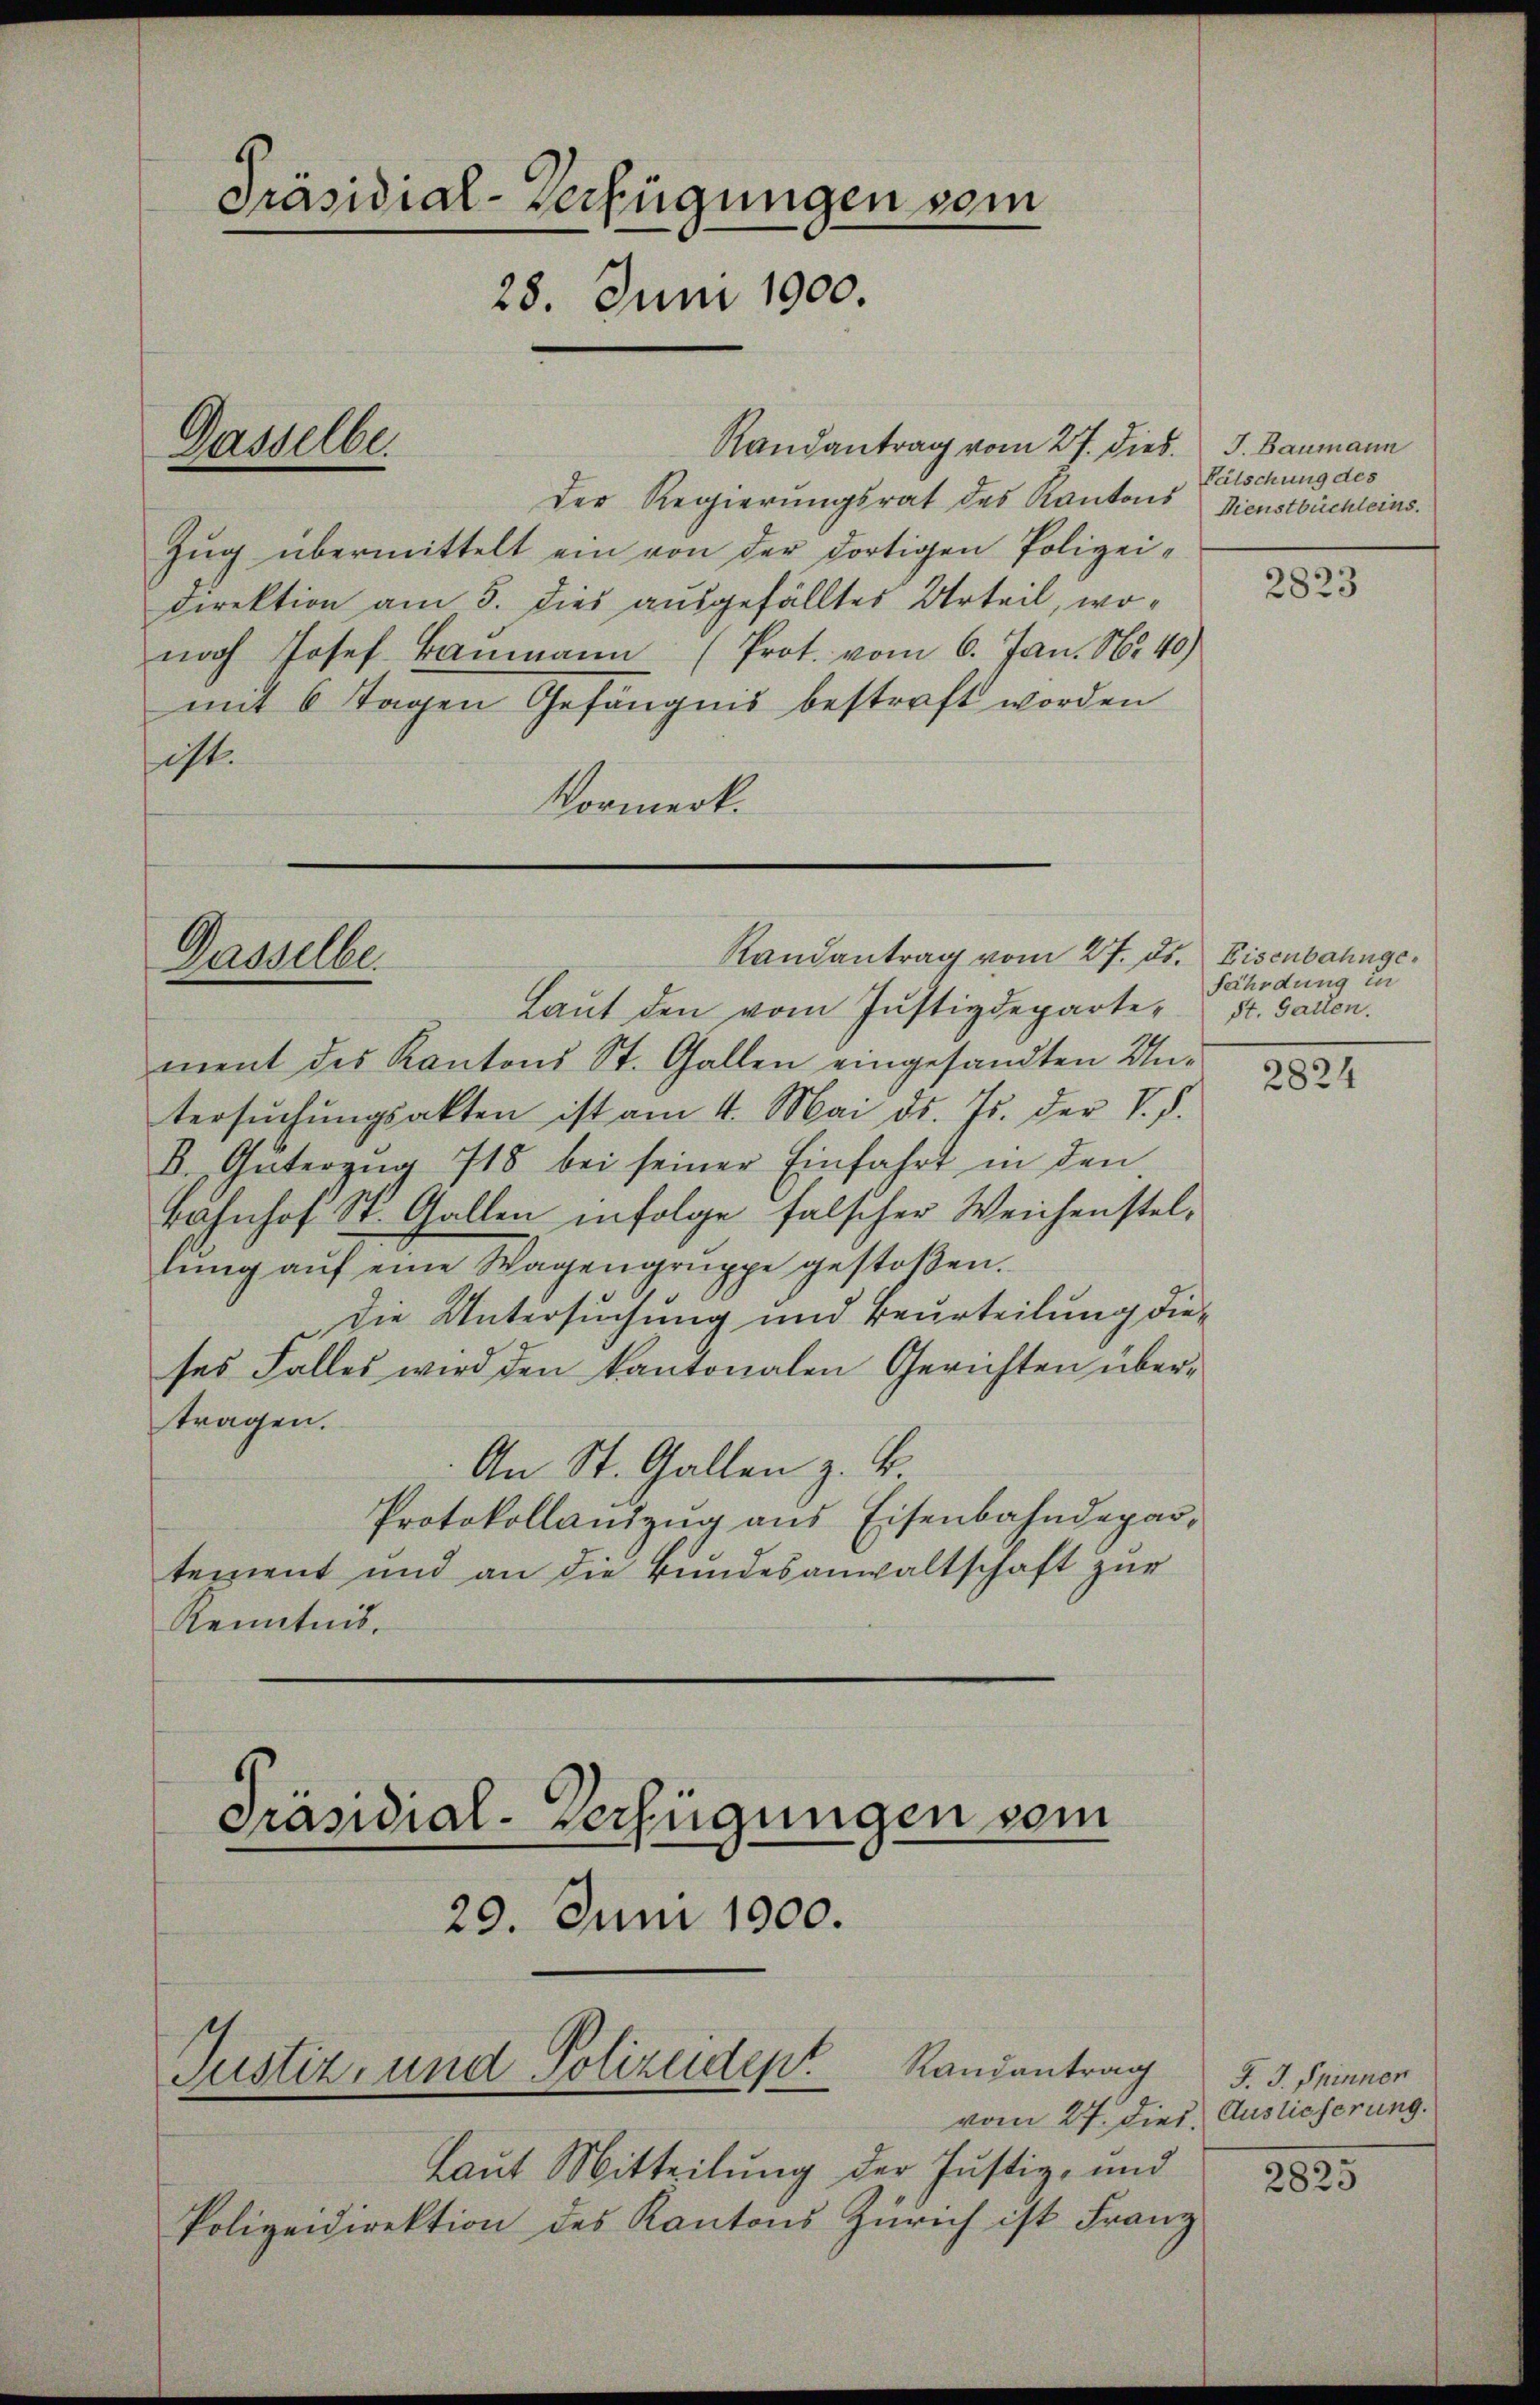
Präsidial-Verfügungen vom
28. Juni 1900.

Der Regierungsrat des Kantons Dienstbüchleins.
Zug übermittelt ein von der dortigen Polizeidirektion am 5. dies ausgefälltes Urteil, wonoch Josef Baŭmann (Prot. vom 6. Jan. No 40)
mit 6 Tagen Gefängnis bestraft worden
ist.
Vormerk.

Gasselbe.

Dasselbe.

Laut den vom Justizdepartement des Kantons St. Gallen eingesandten Untersŭchŭngsakten ist am 4. Mai d. Js. der V. d.
8. Güterzŭg 718 bei seiner Einfahrt in den
Bahnhof St. Gallen infolge falscher Weichenstel-
lŭng aŭf eine Wagengruppe gestoßen.
die Untersuchung und Beurteilung dieses Falles wird den kantonalen Gerichten übertragen.
An St. Gallen z. B
Protokollauszug aus Eisenbahndepartement und an die Bŭndesanwaltschaft zŭr
Kenntnis.

29. Juni 1900.

Randantrag vom 27. ds. Eisenbahnge¬

Präsidial-Verfügungen vom
Justiz- und Polizeident

Randantrag vom 27. dies. J. Baumann
Fälschung des

Randantrag d. J. Spinner

Laut Mitteilung der Justiz- und
Polizeidirektion des Kantons Zürich ist Franz

2823

fährdung in
St. Gallen.

2824

vom 27. dies Auslieferung.

2825